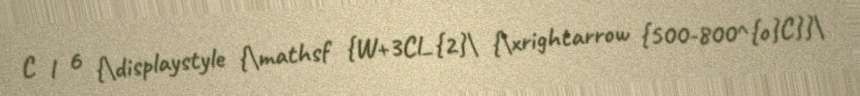
C l 6 {\displaystyle {\mathsf {W+3Cl_{2}\ {\xrightarrow {500-800^{o}C}}\